Report on the treatment of epidemic cholera: from information collected by the governments of Bengal, Madras, Bombay, N.W. Provinces, Punjab, Oudh, and Central India, by order of the Government of India
Disease focus: Cholera
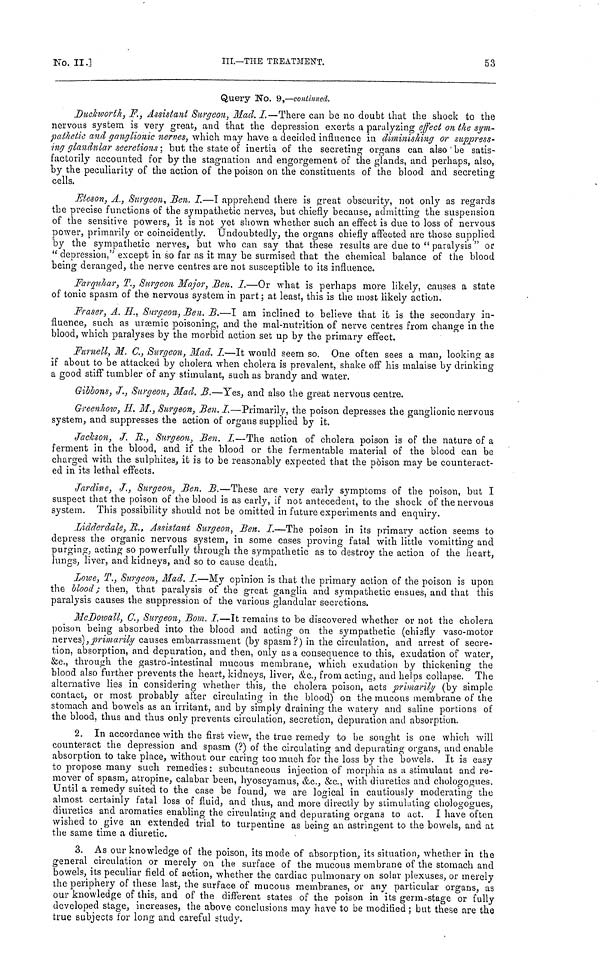
No.
II.]
III.—THE TREATMENT.
53
Query No. 9,—continued.
Duckworth, F., Assistant Surgeon, Mad. I.—There can be no doubt that the shock to the
nervous system is very great, and that the depression exerts a paralyzing effect on the sym-
pathetic and ganglionic nerves, which may have a decided influence in diminishing or suppress-
ing glandular secretions ; but the state of inertia of the secreting organs can also be satis-
factorily accounted for by the stagnation and engorgement of the glands, and perhaps, also,
by the peculiarity of the action of the poison on the constituents of the blood and secreting
cells.
Eteson, A., Surgeon, Ben. I.—I apprehend there is great obscurity, not only as regards
the precise functions of the sympathetic nerves, but chiefly because, admitting the suspension
of the sensitive powers, it is not yet shown whether such an effect is due to loss of nervous
power, primarily or coincidently. Undoubtedly, the organs chiefly affected are those supplied
by the sympathetic nerves, but who can say that these results are due to "paralysis" or
"depression," except in so far as it may be surmised that the chemical balance of the blood
being deranged, the nerve centres are not susceptible to its influence.
Farquhar, T., Surgeon Major, Ben. I.—Or what is perhaps more likely, causes a state
of tonic spasm of the nervous system in part ; at least, this is the most likely action.
Fraser, A. H, Surgeon, Ben. B.—I am inclined to believe that it is the secondary in-
fluence, such as uræmic poisoning, and the mal-nutrition of nerve centres from change in the
blood, which paralyses by the morbid action set up by the primary effect.
Furnell, M. C., Surgeon, Mad. I.—It would seem so. One often sees a man, looking as
if about to be attacked by cholera when cholera is prevalent, shake off his malaise by drinking
a good stiff tumbler of any stimulant, such as brandy and water.
Gibbons, J., Surgeon, Mad. B.—Yes, and also the great nervous centre.
Greenhow, H. Μ., Surgeon, Ben. I.—Primarily, the poison depresses the ganglionic nervous
system, and suppresses the action of organs supplied by it.
Jackson, J. R., Surgeon, Ben. I.—The action of cholera poison is of the nature of a
ferment in the blood, and if the blood or the fermentable material of the blood can be
charged with the sulphites,, it is to be reasonably expected that the poison may be counteract-
ed in its lethal effects.
Jardine, J., Surgeon, Ben. B.—These are very early symptoms of the poison, but I
suspect that the poison of the blood is as early, if not antecedent, to the shock of the nervous
system. This possibility should not be omitted in future experiments and enquiry.
Lidderdale, R., Assistant Surgeon, Ben. I.—The poison in its primary action seems to
depress the organic nervous system, in some cases proving fatal with little vomitting and
purging, acting so powerfully through the sympathetic as to destroy the action of the heart,
lungs, liver, and kidneys, and so to cause death.
Lowe, T., Surgeon, Mad. I.—My opinion is that the primary action of the poison is upon
the blood ; then, that paralysis of the great ganglia and sympathetic ensues, and that this
paralysis causes the suppression of the various glandular secretions.
McDowall, C., Surgeon, Bom. I.—It remains to be discovered whether or not the cholera
poison being absorbed into the blood and acting on the sympathetic (chiefly vaso-motor
nerves), primarily causes embarrassment (by spasm?) in the circulation, and arrest of secre-
tion, absorption, and depuration, and then, only as a consequence to this, exudation of water,
&c., through the gastro-intestinal mucous membrane, which exudation by thickening the
blood also further prevents the heart, kidneys, liver, &c., from acting, and helps collapse. The
alternative lies in considering whether this, the cholera poison, acts primarily (by simple
contact, or most probably after circulating in the blood) on the mucous membrane of the
stomach and bowels as an irritant, and by simply draining the watery and saline portions of
the blood, thus and thus only prevents circulation, secretion, depuration and absorption.
2. In accordance with the first view, the true remedy to he sought is one which will
counteract the depression and spasm (?) of the circulating and depurating organs, and enable
absorption to take place, without our caring too much for the loss by the bowels. It is easy
to propose many such remedies : subcutaneous injection of morphia as a stimulant and re-
mover of spasm, atropine, calabar been, hyoscyamus, &c., &c., with diuretics and chologogues.
Until a remedy suited to the case be found, we are logical in cautiously moderating the
almost certainly fatal loss of fluid, and thus, and more directly by stimulating chologogues,
diuretics and aromatics enabling the circulating and depurating organs to act. I have often
wished to give an extended trial to turpentine as being an astringent to the bowels, and at
the same time a diuretic.
3. As our knowledge of the poison, its mode of absorption, its situation, whether in the
general circulation or merely on the surface of the mucous membrane of the stomach and
bowels, its peculiar field of action, whether the cardiac pulmonary on solar plexuses, or merely
the periphery of these last, the surface of mucous membranes, or any particular organs, as
our knowledge of this, and of the different states of the poison in its germ-stage or fully
developed stage, increases, the above conclusions may have to be modified ; but these are the
true subjects for long and careful study.